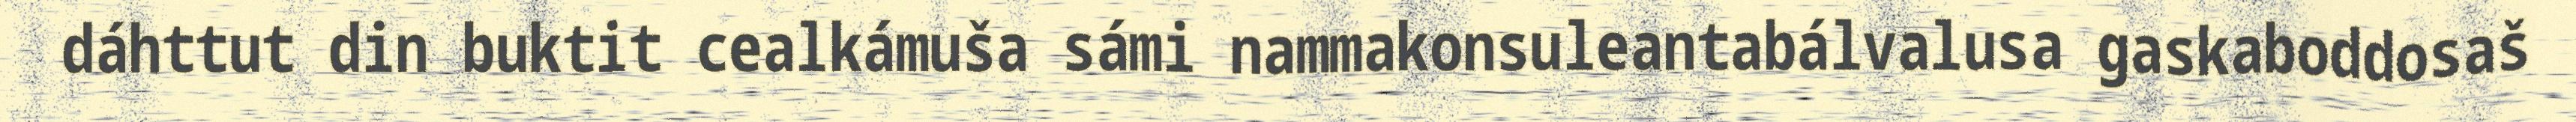
dáhttut din buktit cealkámuša sámi nammakonsuleantabálvalusa gaskaboddosaš